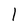
Character: l